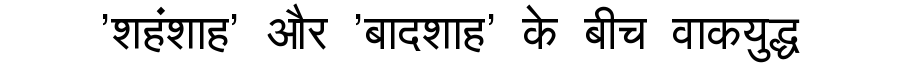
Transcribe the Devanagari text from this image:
'शहंशाह' और 'बादशाह' के बीच वाकयुद्ध